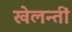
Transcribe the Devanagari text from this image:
खेलन्तीं